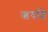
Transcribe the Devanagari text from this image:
ऋषशि